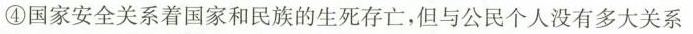
④国家安全关系着国家和民族的生死存亡，但与公民个人没有多大关系